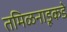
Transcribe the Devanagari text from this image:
तमिळनाडूकडे